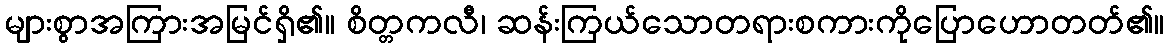
များစွာအကြားအမြင်ရှိ၏။ စိတ္တကလီ၊ ဆန်းကြယ်သောတရားစကားကိုပြောဟောတတ်၏။